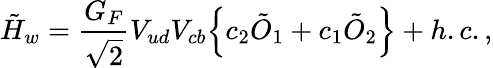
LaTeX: \tilde{H}_{w}={\frac{G_{F}}{\sqrt{2}}}V_{ud}V_{cb}\Bigl\{ c_{2}\tilde{O}_{1}+c_{1}\tilde{O}_{2}\Bigr\} +h.c.,